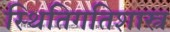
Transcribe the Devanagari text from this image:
स्थितिगतिशास्त्र